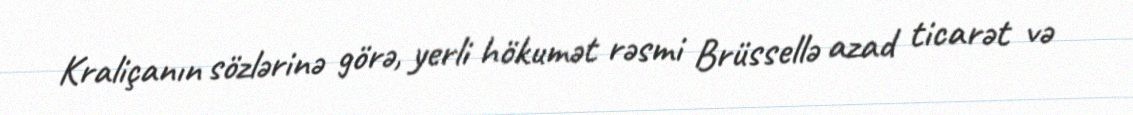
Kraliçanın sözlərinə görə, yerli hökumət rəsmi Brüssellə azad ticarət və